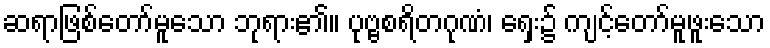
ဆရာဖြစ်တော်မူသော ဘုရား၏။ ပုဗ္ဗစရိတဂုဏံ၊ ရှေး၌ ကျင့်တော်မူဖူးသော